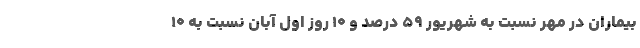
بیماران در مهر نسبت به شهریور ۵۹ درصد و ۱۰ روز اول آبان نسبت به ۱۰